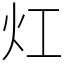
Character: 灴